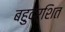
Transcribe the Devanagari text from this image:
बहुदर्शित